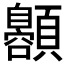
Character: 𱂞